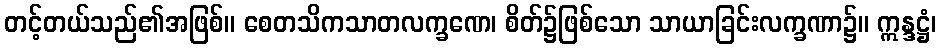
တင့်တယ်သည်၏အဖြစ်။ စေတသိကသာတလက္ခဏေ၊ စိတ်၌ဖြစ်သော သာယာခြင်းလက္ခဏာ၌။ ဣန္ဒဋ္ဌံ၊